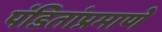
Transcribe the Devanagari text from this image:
पंडितांप्रमाणे